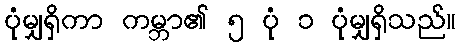
ပုံမျှရှိကာ ကမ္ဘာ၏ ၅ ပုံ ၁ ပုံမျှရှိသည်။